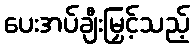
ပေးအပ်ချီးမြှင့်သည့်